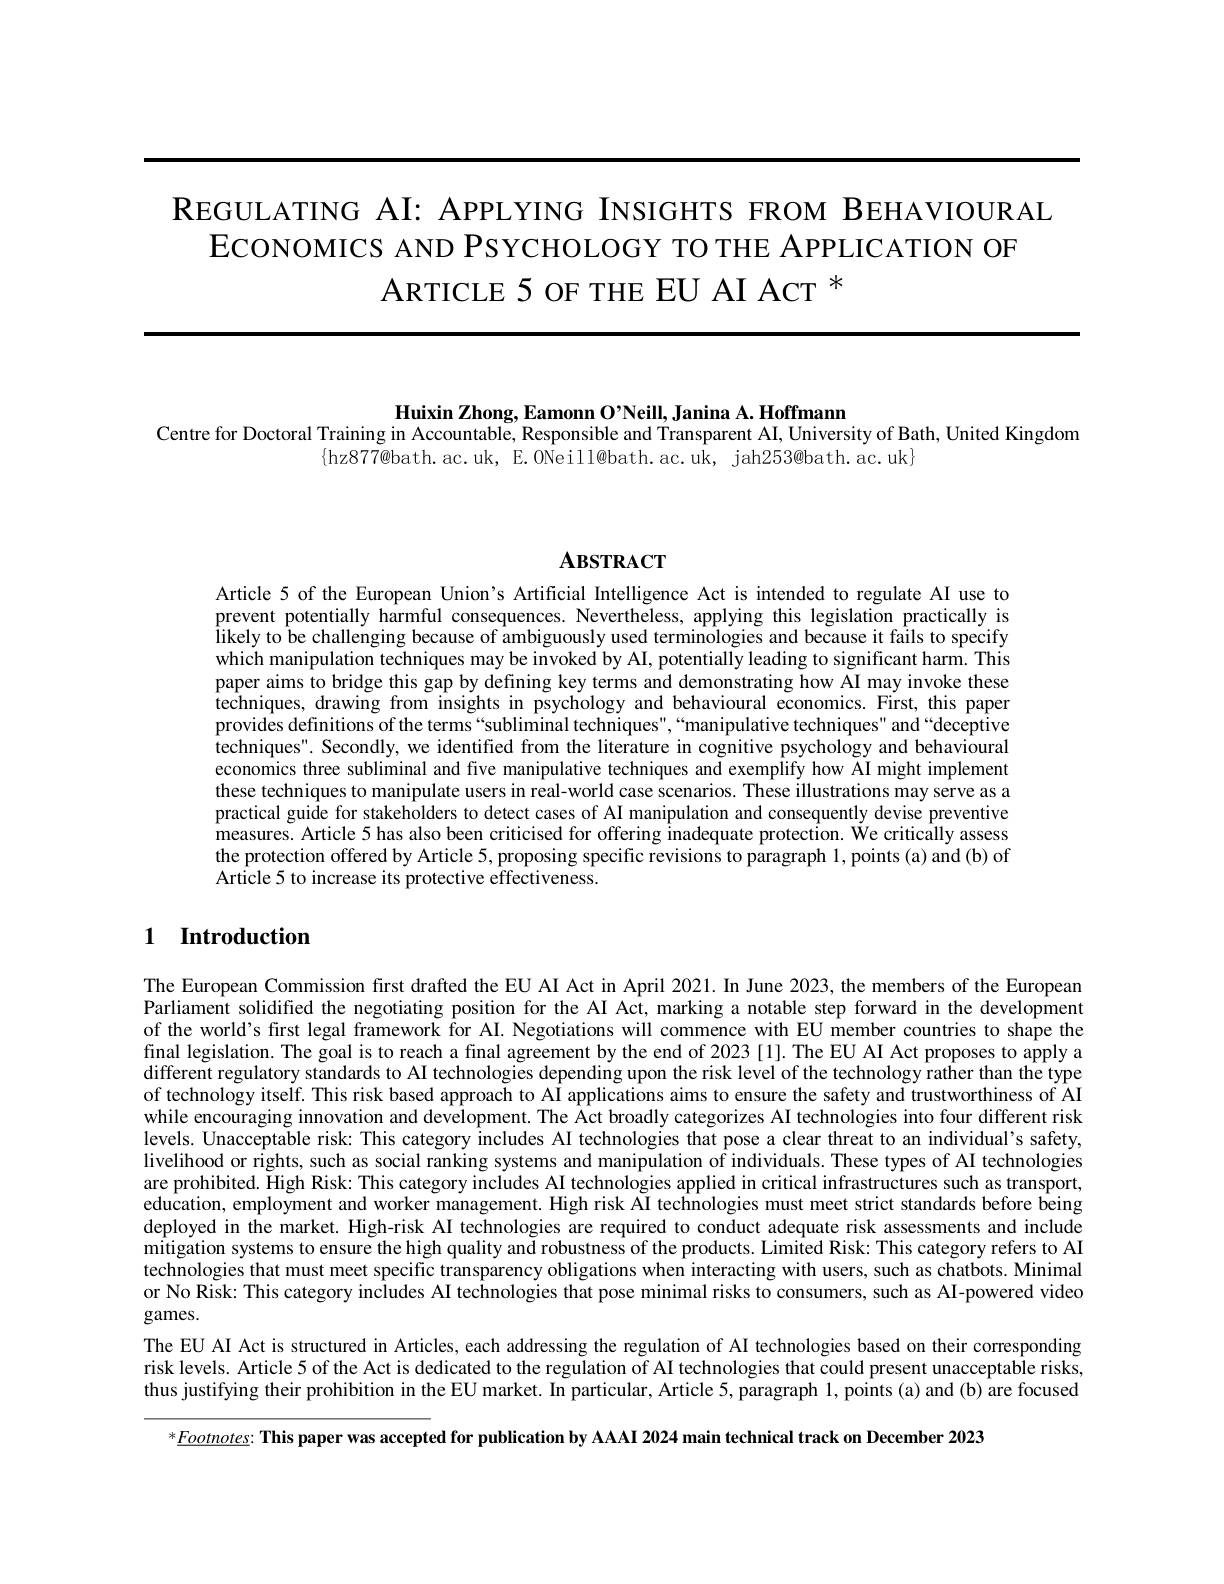
REGULATING AI: APPLYING INSIGHTS FROM BEHAVIOURAL
EcoNOMICS AND PSYCHOLOGY TO THE APPLICATION OF
ARTICLE 5 OF THE EU AI ACT $^{*}$

Huixin Zhong, Eamonn O'Neill, Janina A. Hoffmann
Centre for Doctoral Training in Accountable, Responsible and Transparent AI, University of Bath, United Kingdom
$$\{$hz$877@$bath.ac.uk, E.ONeill@bath.ac.uk, jah253@$bath.ac.uk$\}$

# $\mathbf{ABSTRACT}$

Article 5 of the European Union's Artificial Intelligence Act is intended to regulate AI use to prevent potentially harmful consequences. Nevertheless, applying this legislation practically is likely to be challenging because of ambiguously used terminologies and because it fails to specify which manipulation techniques may be invoked by AI, potentially leading to significant harm. This paper aims to bridge this gap by defining key terms and demonstrating how AI may invoke these techniques, drawing from insights in psychology and behavioural economics. First, this paper provides definitions of the terms“subliminal techniques",“manipulative techniques" and“deceptive techniques". Secondly, we identified from the literature in cognitive psychology and behavioural economics three subliminal and five manipulative techniques and exemplify how AI might implement these techniques to manipulate users in real-world case scenarios. These illustrations may serve as a practical guide for stakeholders to detect cases of AI manipulation and consequently devise preventive measures. Article 5 has also been criticised for offering inadequate protection. We critically assess the protection offered by Article 5, proposing specific revisions to paragraph 1, points (a) and (b) of Article 5 to increase its protective effectiveness.

## 1 Introduction

The European Commission first drafted the EU AI Act in April 2021. In June 2023, the members of the European Parliament solidified the negotiating position for the AI Act, marking a notable step forward in the development of the world's first legal framework for AI. Negotiations will commence with EU member countries to shape the final legislation. The goal is to reach a final agreement by the end of 2023 [1]. The EU AI Act proposes to apply a different regulatory standards to AI technologies depending upon the risk level of the technology rather than the type of technology itself. This risk based approach to AI applications aims to ensure the safety and trustworthiness of AI while encouraging innovation and development. The Act broadly categorizes AI technologies into four different risk levels. Unacceptable risk: This category includes AI technologies that pose a clear threat to an individual's safety, livelihood or rights, such as social ranking systems and manipulation of individuals. These types of AI technologies are prohibited. High Risk: This category includes AI technologies applied in critical infrastructures such as transport, education, employment and worker management. High risk AI technologies must meet strict standards before being deployed in the market. High-risk AI technologies are required to conduct adequate risk assessments and include mitigation systems to ensure the high quality and robustness of the products. Limited Risk: This category refers to AI technologies that must meet specific transparency obligations when interacting with users, such as chatbots. Minimal or No Risk: This category includes AI technologies that pose minimal risks to consumers, such as AI-powered video games.

The EU AI Act is structured in Articles, each addressing the regulation of AI technologies based on their corresponding risk levels. Article 5 of the Act is dedicated to the regulation of AI technologies that could present unacceptable risks, thus justifying their prohibition in the EU market. In particular, Article 5, paragraph 1, points (a) and (b) are focused

$* \underline {Footnotes}: \textbf{This paper was accepted for publication by AAAI 2024 main technical track on December 2023}$